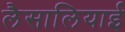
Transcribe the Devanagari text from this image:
लैसालियाई